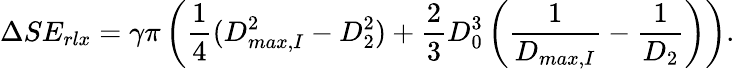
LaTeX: \Delta SE_{rlx}=\gamma\pi\left(\frac 14(D_{max,I}^{2}-D_{2}^{2})+\frac 23D_{0}^{3}\left(\frac{1}{D_{max,I}}-\frac{1}{D_{2}}\right)\right).